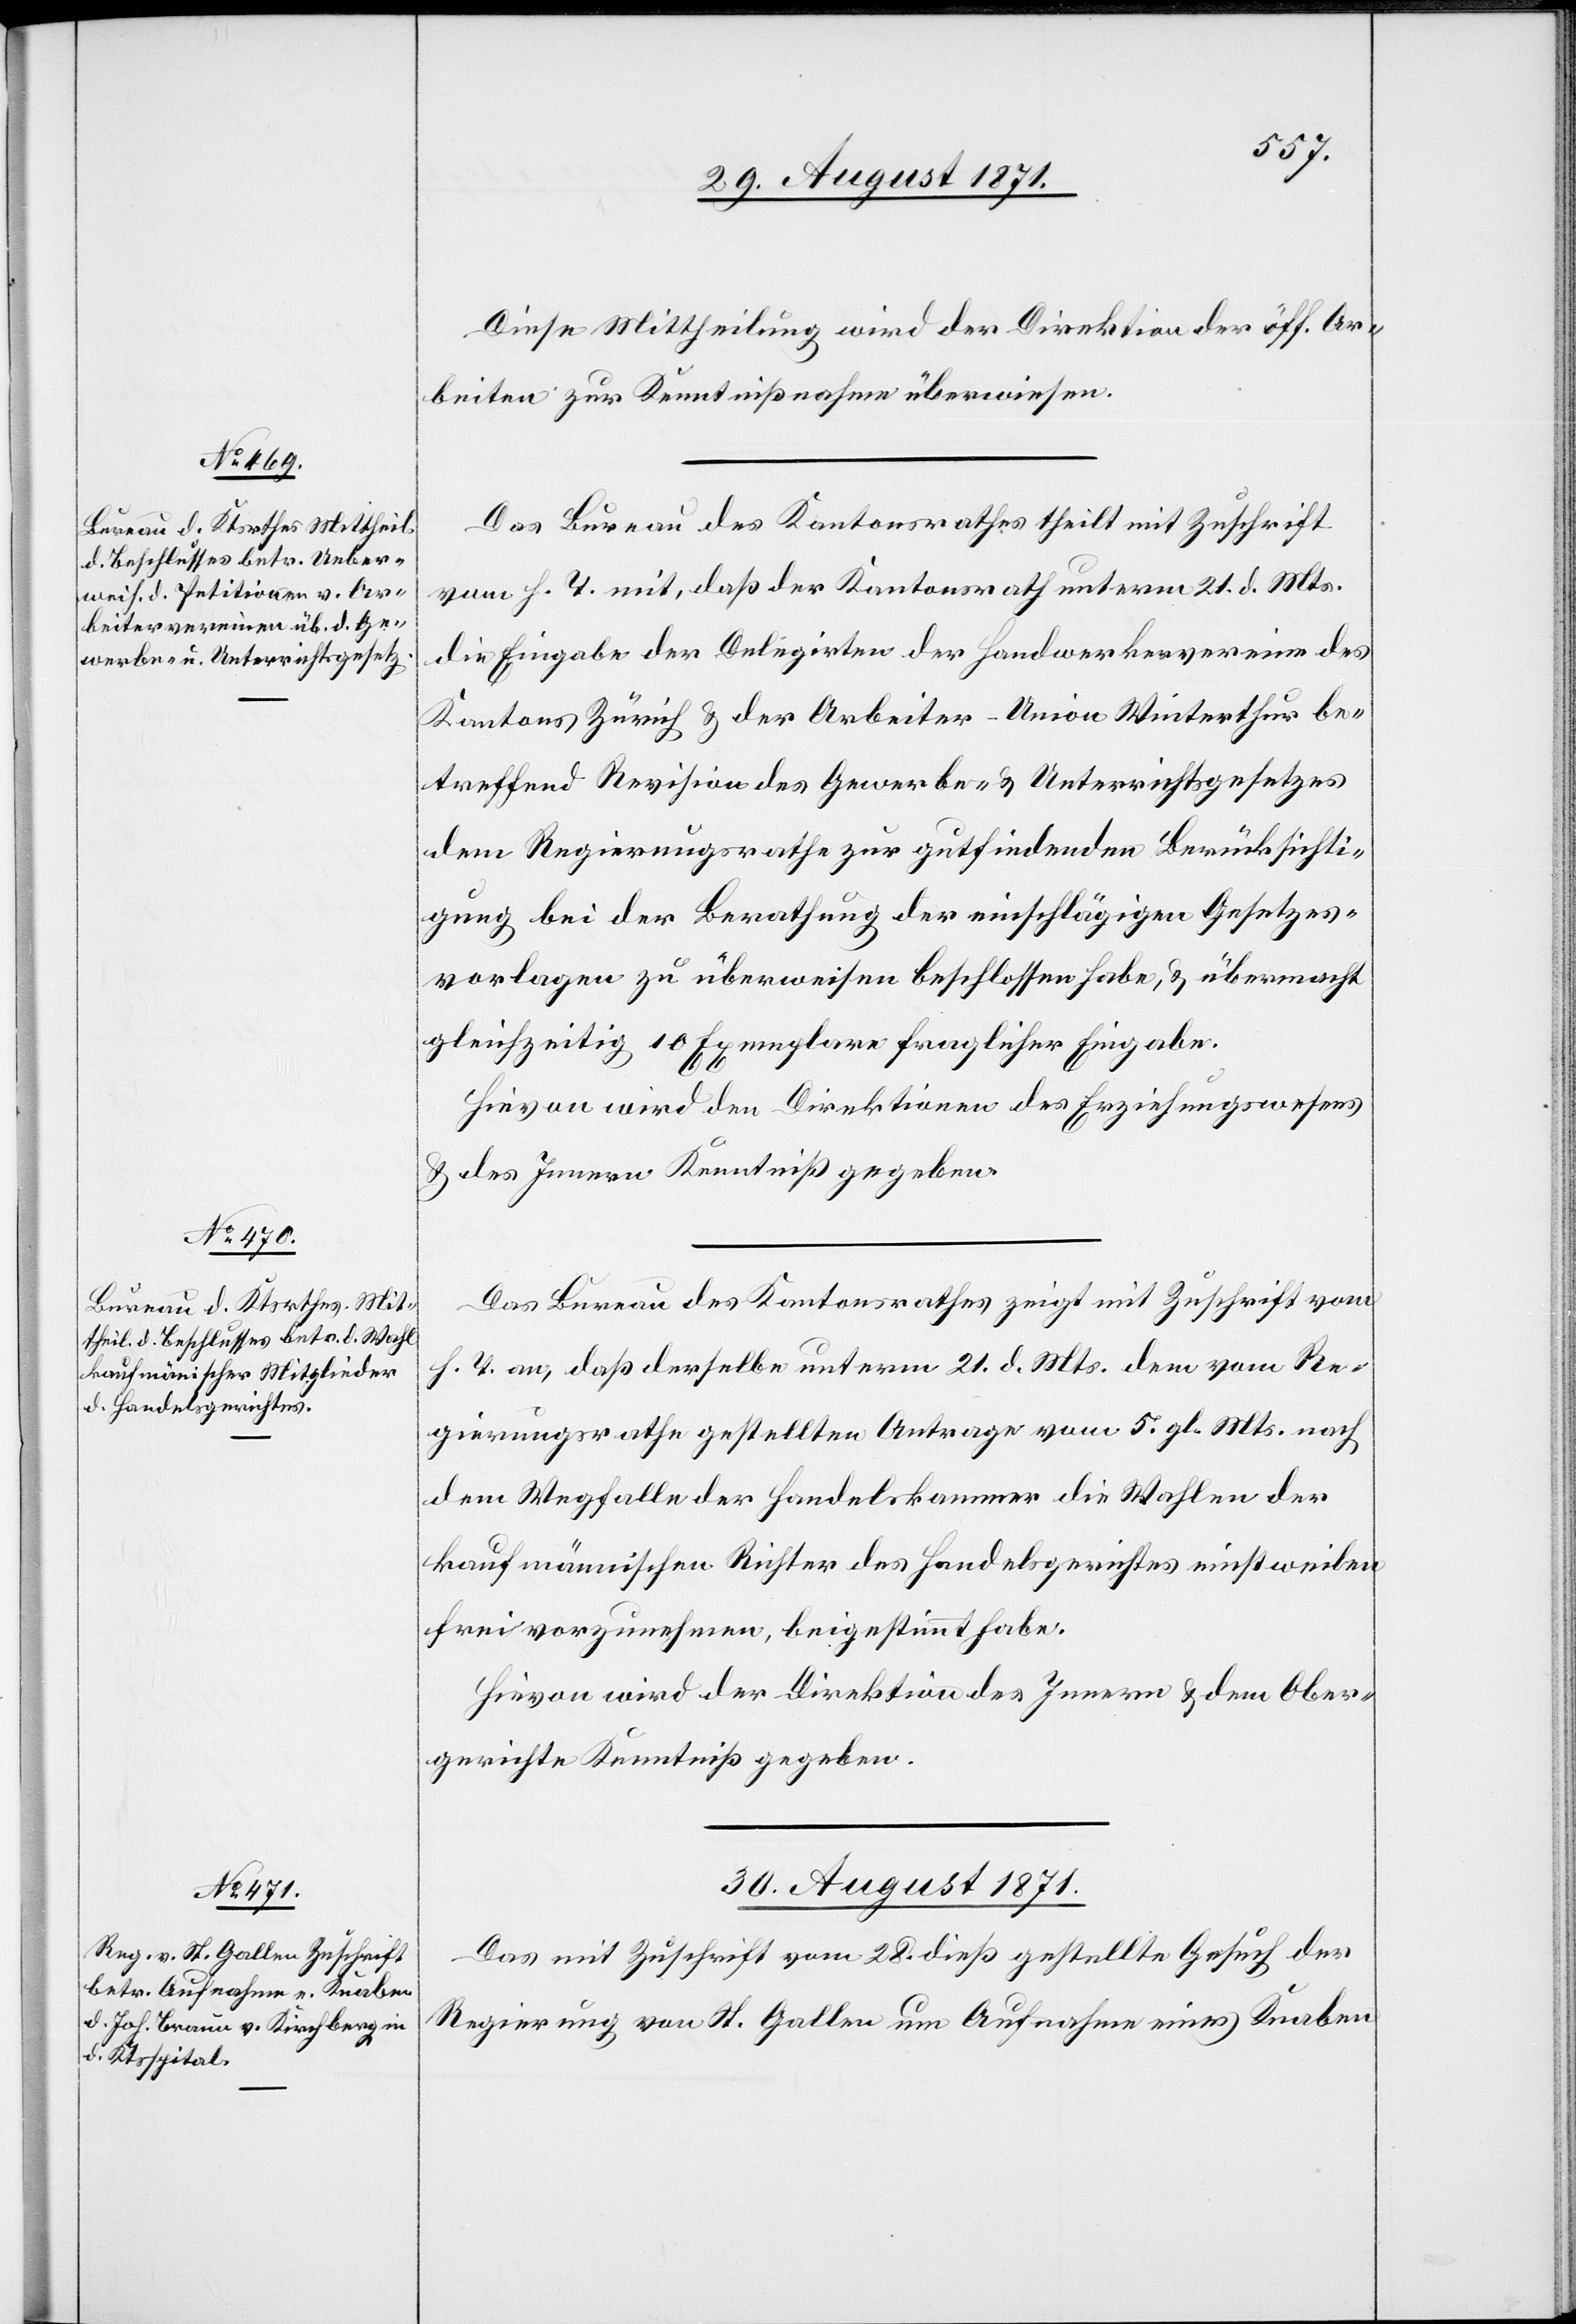
29. August 1871.]
Diese Mittheilung wird der Direktion der öff. Ar¬
beiten zur Kenntnißnahme überwiesen.
Das Bureau des Kantonsrathes theilt mit Zuschrift
vom h. T. mit, daß der Kantonsrath unterm 21. d. Mts.
die Eingabe der Delegirten der Handwerkervereine des
Kantons Zürich & der Arbeiter-Union Winterthur be¬
treffend Revision des Gewerbe- & Unterrichtsgesetzes
dem Regierungsrathe zur gutfindenden Gesetzesvorlage
gleichzeitig 10 Exemplare fraglicher Eingabe.
Hirvon wird den Direktionen des Erziehungswesens
& des Innern Kenntniß gegeben.
Das Bureau des Kantonsrathes zeigt mit Zuschrift vom
h. T. an, daß derselbe unterm 21. d. Mts. dem vom Re¬
gierungsrathe gestellten Antrage vom 5. gl. Mts. nach
dem Wegfalle der Handelskammer die Wahlen der
kaufmännischen Richter des Handelsgerichtes einstweilen
frei vorzunehmen, beigestimmt habe.
Hirvon wird der Direktion des Innern & dem Ober¬
gerichte Kenntniß gegeben.
30. August 1871.
Das mit Zuschrift vom 28. dieß gestellte Gesuch der
Regierung von St. Gallen um Aufnahme eines Knaben